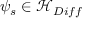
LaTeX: \psi _ { s } \in { \mathcal { H } } _ { D i f f }